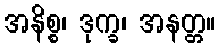
အနိစ္စ၊ ဒုက္ခ၊ အနတ္တ။